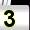
Digit: 3